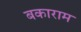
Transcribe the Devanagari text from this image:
बकाराम